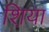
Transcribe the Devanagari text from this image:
श़िया